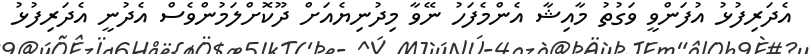
އެދަރިފުޅު އުފަންވީ ވަގުތު މާއިޝާ އެންމެފަހު ނޭވާ މިދުނިޔެއަށް ދޫކޮށްލަމުންވެސް އެދުނީ އެދަރިފުޅު